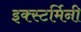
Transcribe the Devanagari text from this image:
इक्स्टर्मिनी